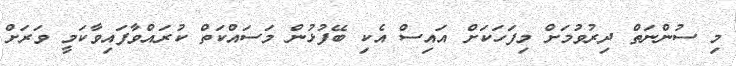
މި ސުންނަތް ދިރުވުމަށް މިފަހަކަށް އައިސް އެކި ބޭފުޅުން މަސައްކަތް ކުރައްވާފައިވާކަމީ ވަރަށް